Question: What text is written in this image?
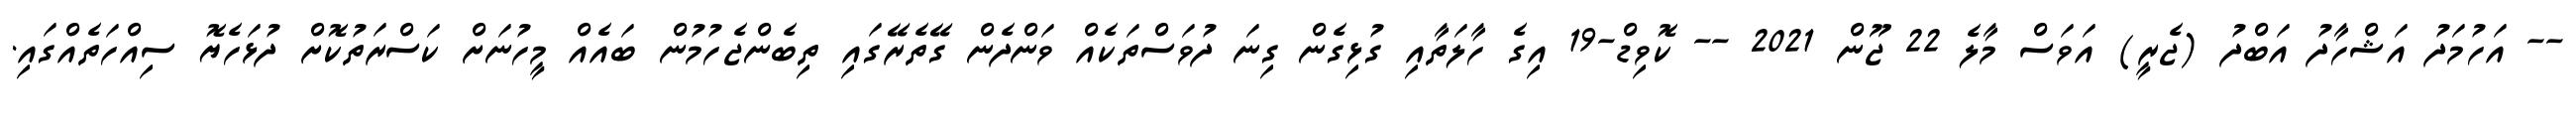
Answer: -- އަހުމަދު އަޝްހާދު އަބްދު (ޖެރީ) އަވަސް މާލެ 22 ޖޫން 2021 -- ކޮވިޑް-19 އިގެ ހާލަތާއި ގުޅިގެން ގިނަ ދުވަސްތަކެއް ވަންދެން ގޭތެރޭގައި ތިބެންޖެހުމުން ބައެއް މީހުނަށް ކަސްރަތުކޮށް ދުޅަހެޔޮ ސިއްހަތެއްގައި.